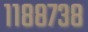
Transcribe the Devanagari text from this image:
११८८७३८